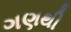
ગણથી